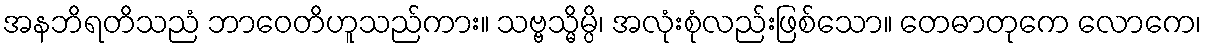
အနဘိရတိသညံ ဘာဝေတိဟူသည်ကား။ သဗ္ဗသ္မိမ္ပိ၊ အလုံးစုံလည်းဖြစ်သော။ တေဓာတုကေ လောကေ၊